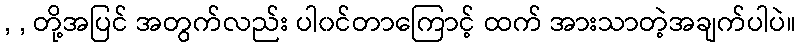
, , တို့အပြင် အတွက်လည်း ပါ၀င်တာကြောင့် ထက် အားသာတဲ့အချက်ပါပဲ။